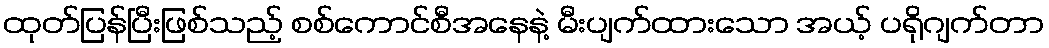
ထုတ်ပြန်ပြီးဖြစ်သည့် စစ်ကောင်စီအနေနဲ့ မီးပျက်ထားသော အယ့် ပရိုဂျက်တာ